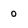
Character: 0